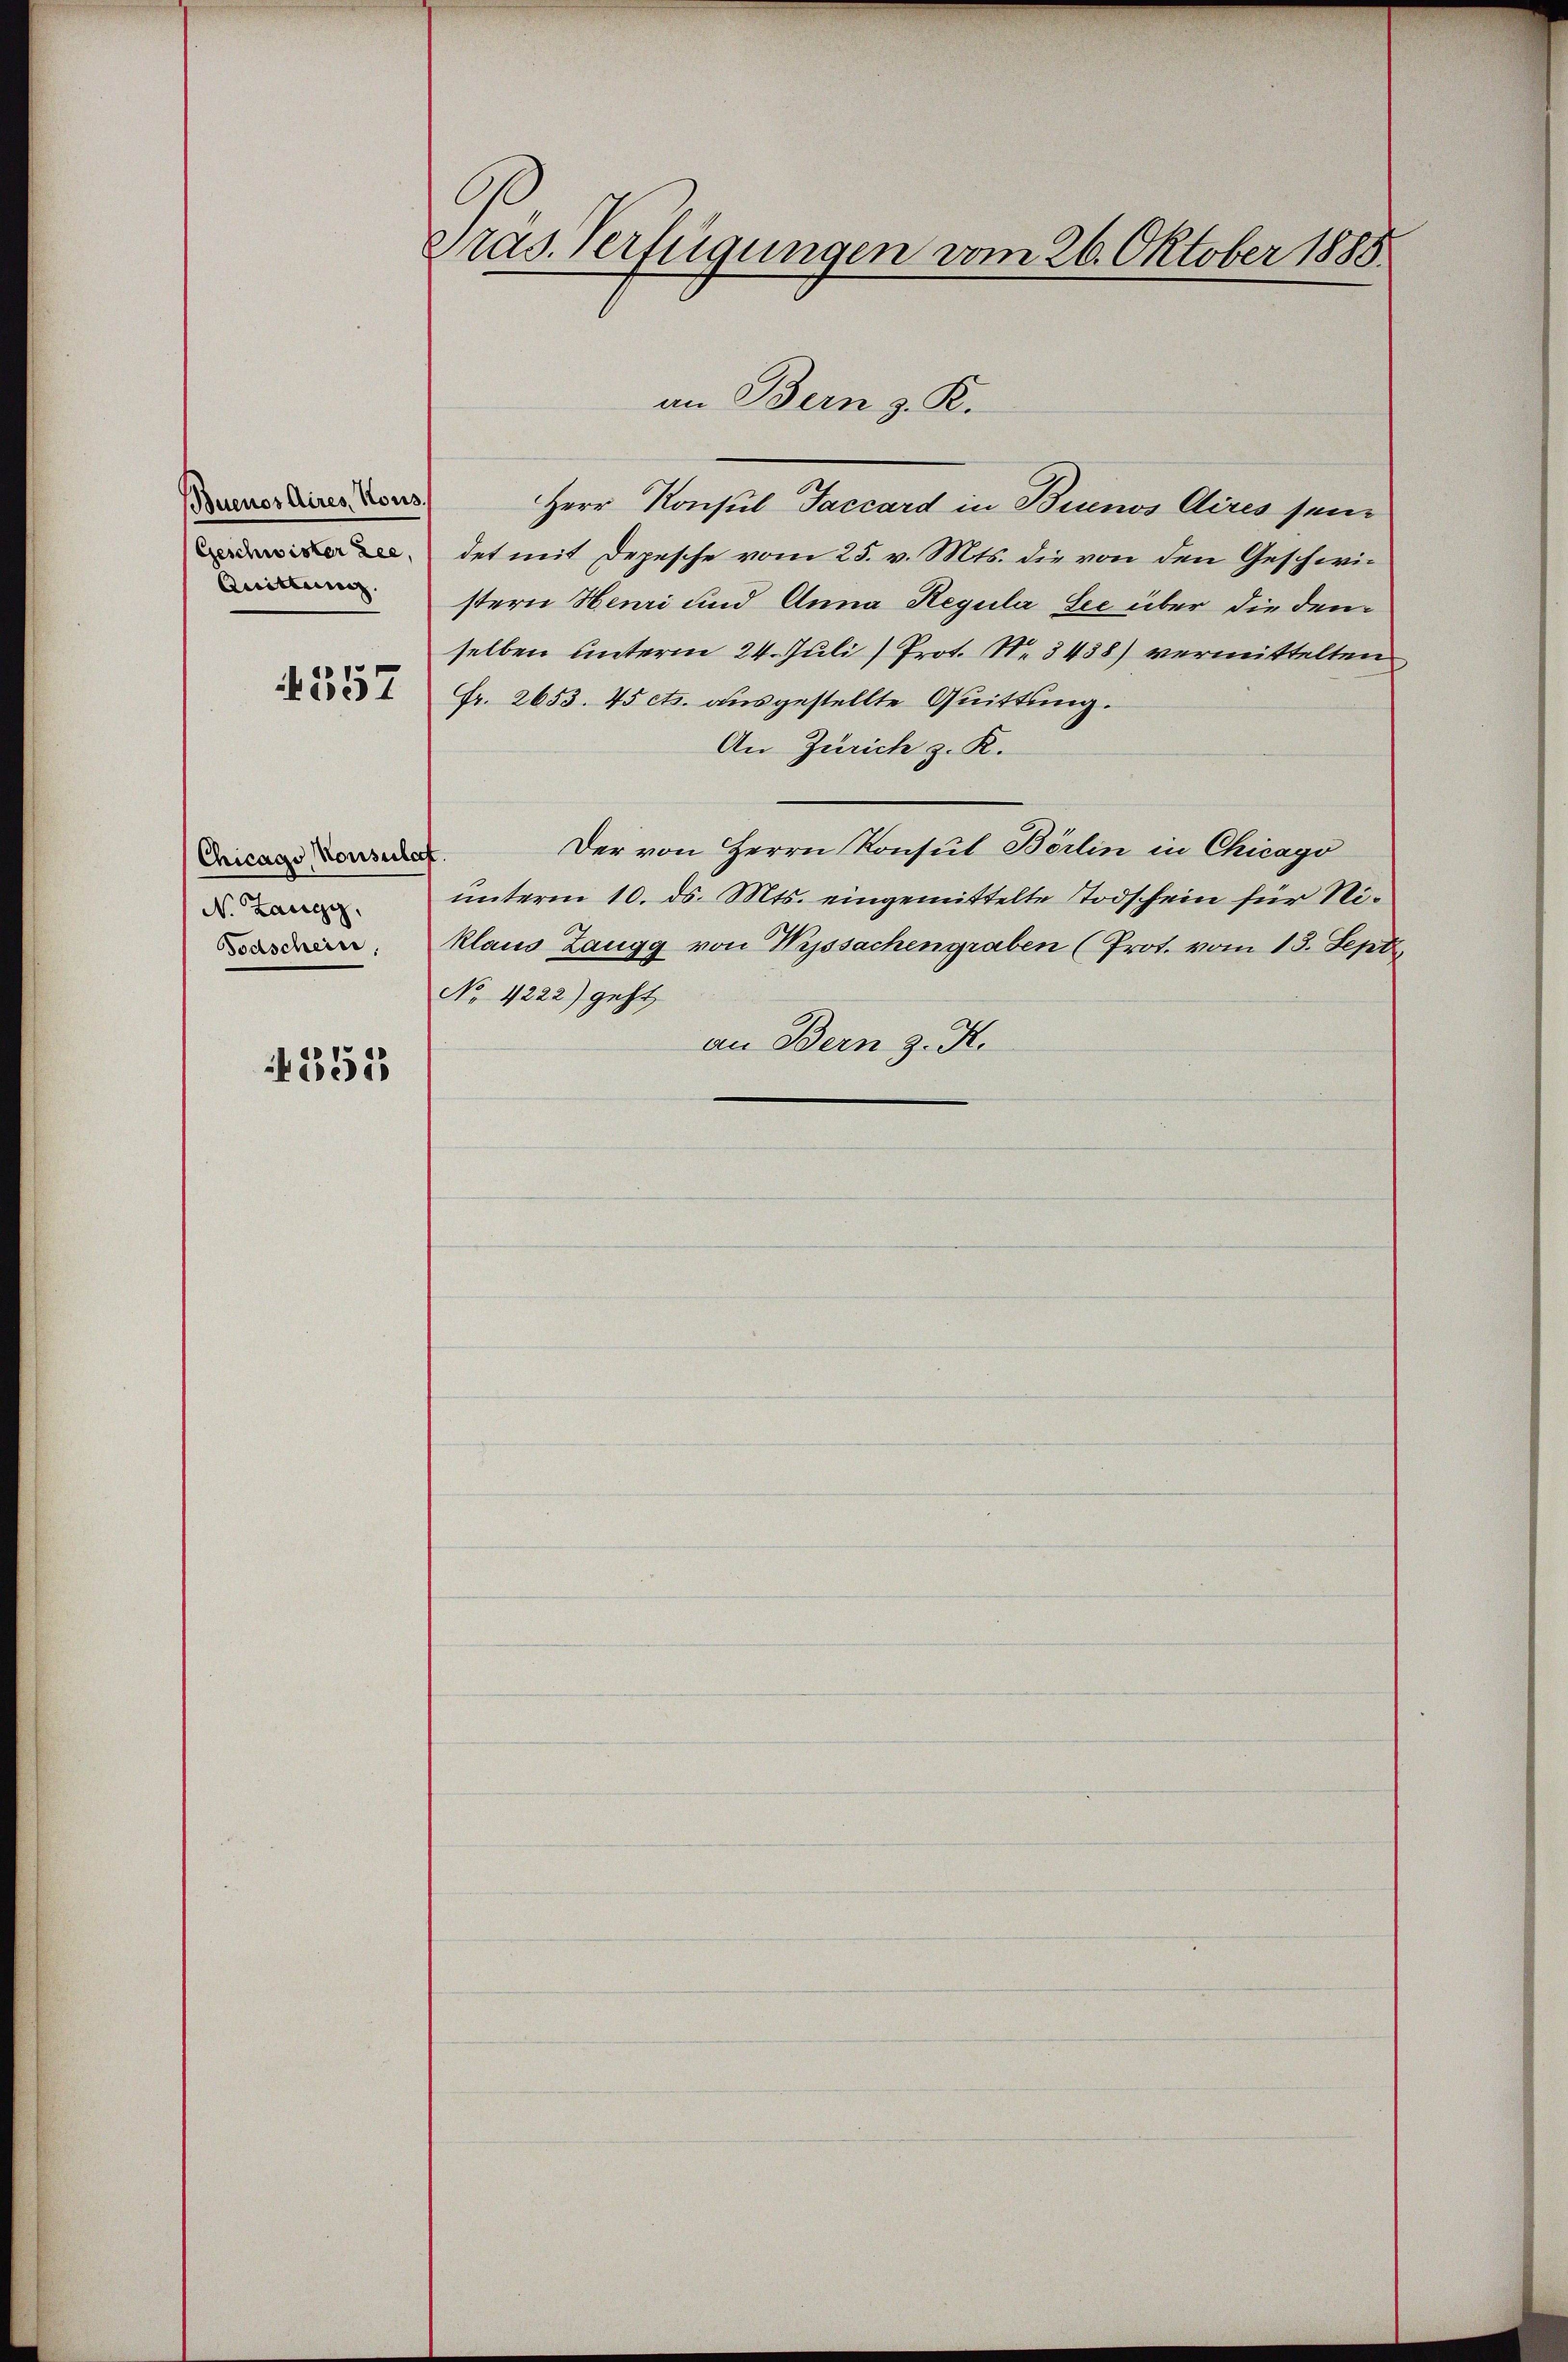
Buenos Aires, Nous
Geschwister Lee,
Quittung.

4557

Chicago Konsuler
No Zangg,
Todschein;

352

Präs. Verfügungen vom 26. Oktober 1885

Herr Konsul Taccard in Buenos Aires sein
det mit Depesche vom 25. v. Mts. die von den Geschwistern Henri und Anna Regula See über die dem
selben unterm 24. Juli / Prot. N. 3438) vermittelten
Fr. 2653. 45 cts. ausgestellte Quittung.
An Zürich z. R.
Der von Herrn Konsul Börlin in Chicago
unterm 10. ds. Mts. eingemittelte Todschein für Niklaus Zangg von Wyssachengraben (Prot. vom 13. Sept.
No 4222) geht
an Bern z. K.

an Bern z. K.